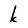
Character: k